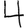
Digit: 4